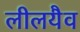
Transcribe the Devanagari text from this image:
लीलयैव